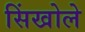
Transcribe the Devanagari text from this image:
सिंखोले